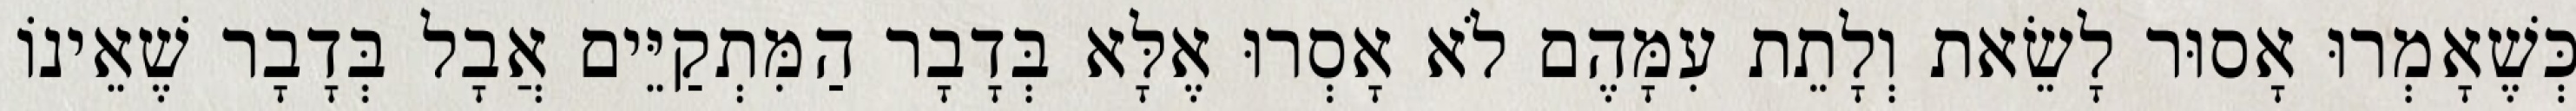
כְּשֶׁאָמְרוּ אָסוּר לָשֵׂאת וְלָתֵת עִמָּהֶם לֹא אָסְרוּ אֶלָּא בְּדָבָר הַמִּתְקַיֵּים אֲבָל בְּדָבָר שֶׁאֵינוֹ